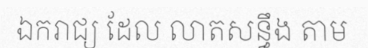
ឯករាជ្យ ដែល លាតសន្ធឹង តាម